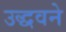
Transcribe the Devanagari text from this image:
उद्धवने